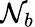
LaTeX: \mathcal{N}_{b}